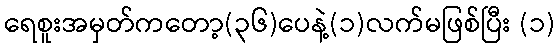
ရေစူးအမှတ်ကတော့(၃၆)ပေနဲ့(၁)လက်မဖြစ်ပြီး (၁)